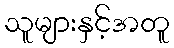
သူများနှင့်အတူ